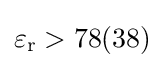
\varepsilon _{\text{r}}>78(38)